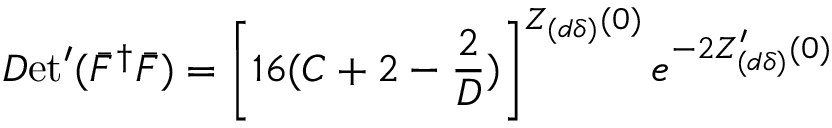
{ \cal D } \mathrm { e t } ^ { \prime } ( \bar { F } ^ { \dag } \bar { F } ) = \left[ 1 6 ( C + 2 - \frac { 2 } { D } ) \right] ^ { Z _ { ( d \delta ) } ( 0 ) } e ^ { - 2 Z _ { ( d \delta ) } ^ { \prime } ( 0 ) }